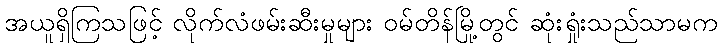
အယူရှိကြသဖြင့် လိုက်လံဖမ်းဆီးမှုများ ဝမ်တိန်မြို့တွင် ဆုံးရှုံးသည်သာမက